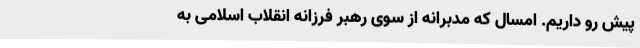
پیش رو داریم. امسال که مدبرانه از سوی رهبر فرزانه انقلاب اسلامی به